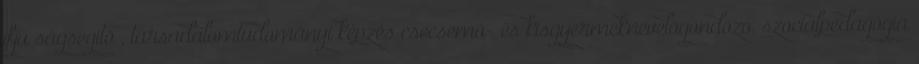
ifjú ságsegítõ , társadalomtudományi képzés csecsemõ- és kisgyermeknevelõgondozó, szociálpedagógia